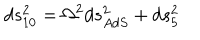
d s _ { 1 0 } ^ { 2 } = \Omega ^ { 2 } d s _ { A d S } ^ { 2 } + d s _ { 5 } ^ { 2 }